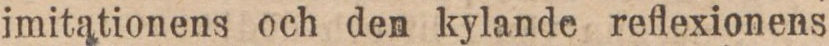
imitationens och den kylande reflexionens